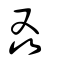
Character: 叒